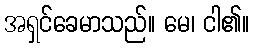
အရှင်ခေမာသည်။ မေ၊ ငါ၏။